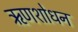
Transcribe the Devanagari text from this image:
ऋणशोधन